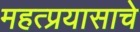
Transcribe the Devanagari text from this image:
महत्प्रयासाचे